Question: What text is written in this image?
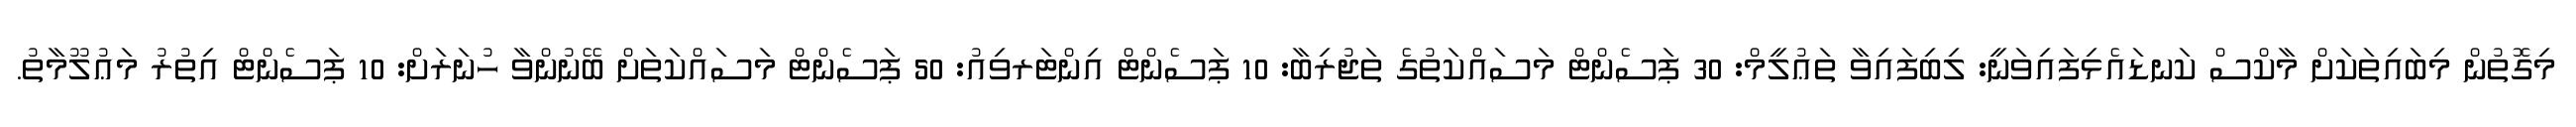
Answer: މިގޮތުން މިބައިތަކަށް މާކްސް ކަނޑައެޅިފައިވަނީ: ލިބިފައިވާ ތަޢުލީމް: 30 ޕަސެންޓް މަސައްކަތުގެ ތަޖުރިބާ: 10 ޕަސެންޓް އިންޓަރވިއު: 50 ޕަސެންޓް މަސައްކަތަށް ބޭނުންވާ ހުނަރަށް: 10 ޕަސެންޓް އިތުރު މަޢުލޫމާތު.